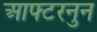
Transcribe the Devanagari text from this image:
आफ्टरनुन